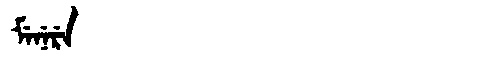
Manchu: ᠮᡝᠨᡝᡵᡝ
Romanization: MENERE